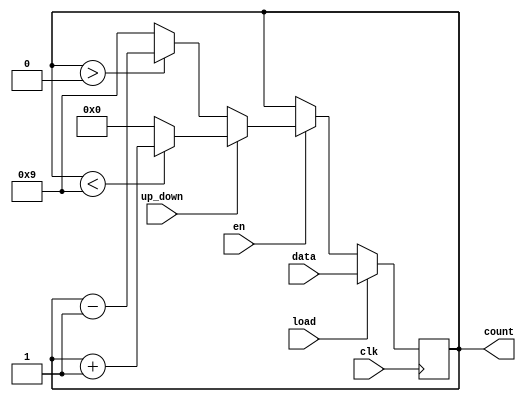
module counter (
    clk, en, up_down, load, data, count
);
// contador simples de 4 bits e up_down;
input clk, en, load, up_down;
input [3:0] data;

output reg [3:0] count;

initial count = 0;

always @(posedge clk) begin
    // $display(en);s
    if (load)
        count <= data;
    else if (en)
        if (up_down)
            if (count < 9)
                count <= count + 1;
            else 
                count <= 0;
        else 
            if (count > 0)
                count <= count - 1;
            else
                count <= 9;
end
    
endmodule